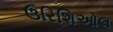
ઉરિશિઓલ